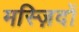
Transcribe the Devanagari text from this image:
मस्ज़िदों